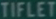
TIFLET